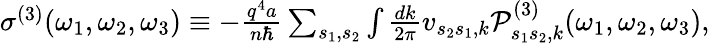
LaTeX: \begin{array}{r}{\sigma^{(3)}(\omega_{1},\omega_{2},\omega_{3})\equiv-\frac{q^{4}a}{n\hbar}\sum_{s_{1},s_{2}}\int\frac{dk}{2\pi}v_{s_{2}s_{1},k}\mathcal{P}_{s_{1}s_{2},k}^{(3)}(\omega_{1},\omega_{2},\omega_{3}),}\end{array}